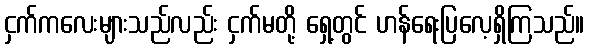
ငှက်ကလေးများသည်လည်း ငှက်မတို့ ရှေ့တွင် ဟန်ရေးပြလေ့ရှိကြသည်။